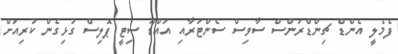
ފެމެލީ އެންޑް ޗިންޑްރަންސް ސާވިސް ސެންޓަރާއި އައްޑޫ ސިޓީ ޕޮލިސް ގުޅިގެން ކުރިއަށް